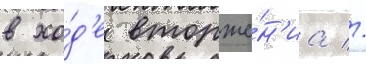
в хо́д'е вторже́н'иа //